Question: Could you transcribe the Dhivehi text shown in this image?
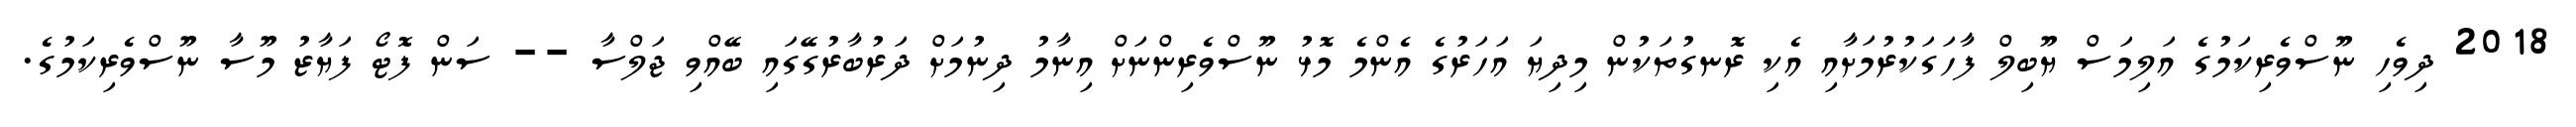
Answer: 2018 ދިވެހި ނޫސްވެރިކަމުގެ އަލިމަސް ޔޫބިލް ފާހަގަކުރުމަށާއި އެކި ރޮނގުތަކުން މިދިޔަ އަހަރުގެ އެންމެ މޮޅު ނޫސްވެރިންނަށް އިނާމު ދިނުމަށް ދަރުބާރުގޭގައި ބޭއްވި ޖަލްސާ -- ސަން ފޮޓޯ ފަޔާޒު މޫސާ ނޫސްވެރިކަމުގެ.